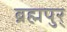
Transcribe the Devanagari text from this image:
ब्रह्मपुर्